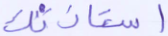
استأذنك